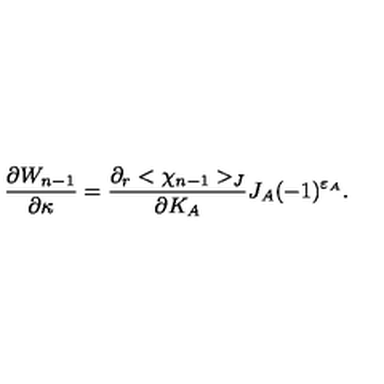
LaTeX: { \frac { \partial W _ { n - 1 } } { \partial \kappa } } = { \frac { \partial _ { r } < \chi _ { n - 1 } > _ { J } } { \partial K _ { A } } } J _ { A } ( - 1 ) ^ { \varepsilon _ { A } } .